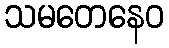
သမတေနေဝ